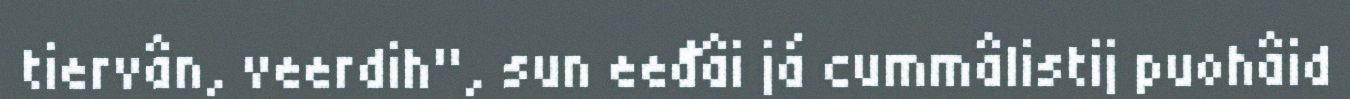
tiervân, veerdih", sun eeđâi já cummâlistij puohâid